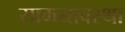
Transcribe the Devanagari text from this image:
सामयावस्था